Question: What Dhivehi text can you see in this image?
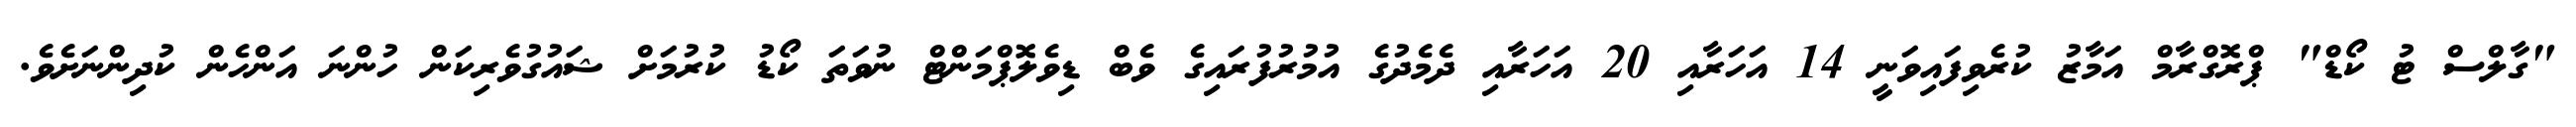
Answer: "ގާލްސް ޓު ކޯޑް" ޕްރޮގްރާމް އަމާޒު ކުރެވިފައިވަނީ 14 އަހަރާއި 20 އަހަރާއި ދެމެދުގެ އުމުރުފުރައިގެ ވެބް ޑިވެލޮޕްމަންޓް ނުވަތަ ކޯޑު ކުރުމަށް ޝައުގުވެރިކަން ހުންނަ އަންހެން ކުދިންނަށެވެ.